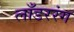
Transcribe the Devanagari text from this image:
लाँडररंग